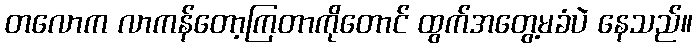
တလောက လာကန်တော့ကြတာကိုတောင် ထွက်အတွေ့မခံပဲ နေသည်။